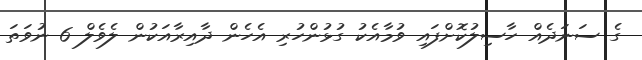
ގެ ސަނަދެއް ހާސިލުކޮށްފައި ވުމާއެކު ގުޅުންހުރި އެހެން ދާއިރާއަކުން ލެވެލް 6 ނުވަތަ